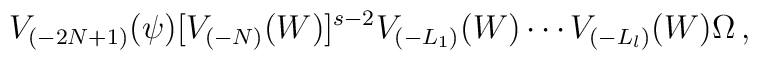
V_{(-2N+1)}(\psi) [V_{(-N)}(W)]^{s-2} V_{(-L_1)}(W) \cdots V_{(-L_l)}(W) \Omega\,,